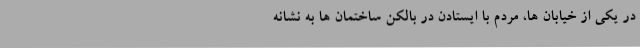
در یکی از خیابان ها، مردم با ایستادن در بالکن ساختمان ها به نشانه